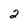
Character: 2